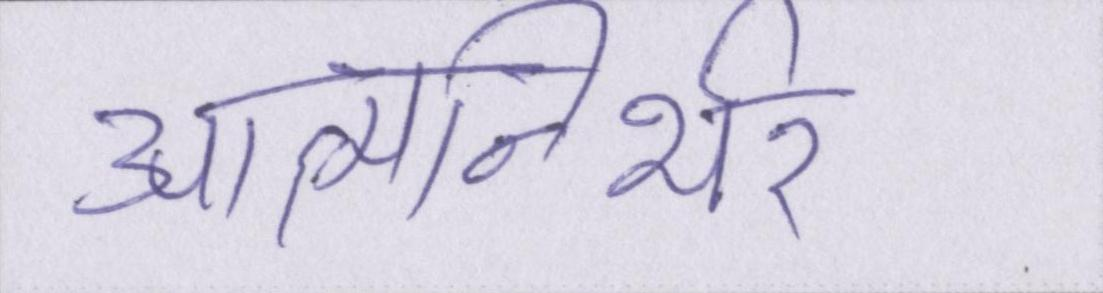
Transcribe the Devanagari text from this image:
आत्मनिर्भर